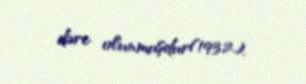
dərc olunmuşdur(1932).